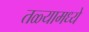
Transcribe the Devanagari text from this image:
तळ्यामध्ये